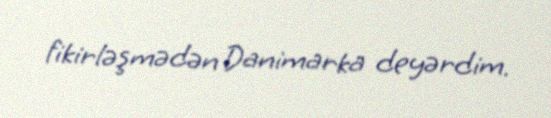
fikirləşmədən Danimarka deyərdim.